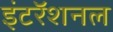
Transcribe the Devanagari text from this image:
इंटरॅशनल